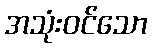
အသုံးဝင်သော